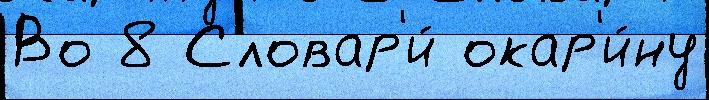
Во 8 Словар'и́ окар'и́ну